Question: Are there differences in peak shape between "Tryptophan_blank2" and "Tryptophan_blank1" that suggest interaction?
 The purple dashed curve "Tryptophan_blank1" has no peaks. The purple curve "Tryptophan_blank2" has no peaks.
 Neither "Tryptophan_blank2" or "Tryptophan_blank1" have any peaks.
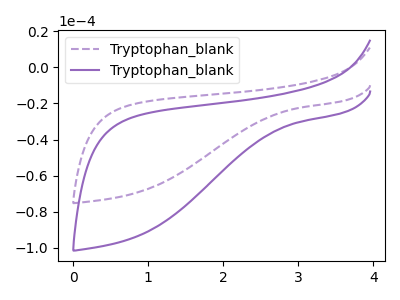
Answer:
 <answer>No, "Tryptophan_blank2" and "Tryptophan_blank1" don't appear to be significantly different in shape</answer>
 <eval>no_change</eval>